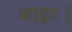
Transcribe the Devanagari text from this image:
व्हाइट।